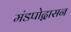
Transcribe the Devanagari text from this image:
मंडपोद्वासन